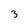
Character: 3